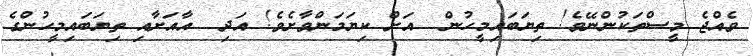
ވެއްޖެ މީސްތަކުންނޭވެ! ތިޔަބައިމީހުން  އަށް ކިޔަމަންވާށެވެ! އަދި  އާއަށާއި ތިޔަބައިމީހުންގެ